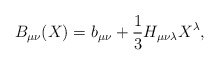
\begin{align*}B_{\mu \nu}(X)= b_{\mu \nu} + \frac{1}{3} H_{\mu \nu \lambda} X^{\lambda},\end{align*}